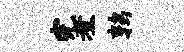
完煮鹑